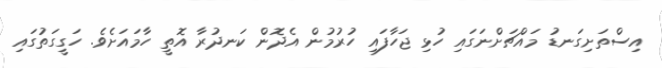
އިސްތަށިގަނޑު މައްޗަށްނަގައި ހުޅި ޖަހާފައި ހުރުމުން އެދޮން ކަނދުރާ އޮތީ ހާމައަށެވެ. ހަގީގަތުގައި